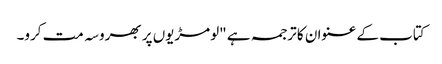
کتاب کے عنوان کا ترجمہ ہے "لومڑیوں پر بھروسہ مت کرو۔